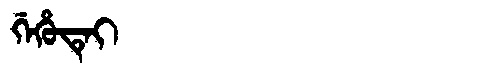
Manchu: ᡤᡝᡥᡠᡨᡝᡳ
Romanization: GEHUTEI